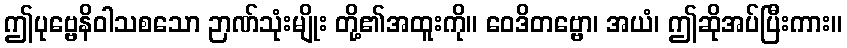
ဤပုဗ္ဗေနိဝါသစသော ဉာဏ်သုံးမျိုး တို့၏အထူးကို။ ဝေဒိတဗ္ဗော၊ အယံ၊ ဤဆိုအပ်ပြီးကား။